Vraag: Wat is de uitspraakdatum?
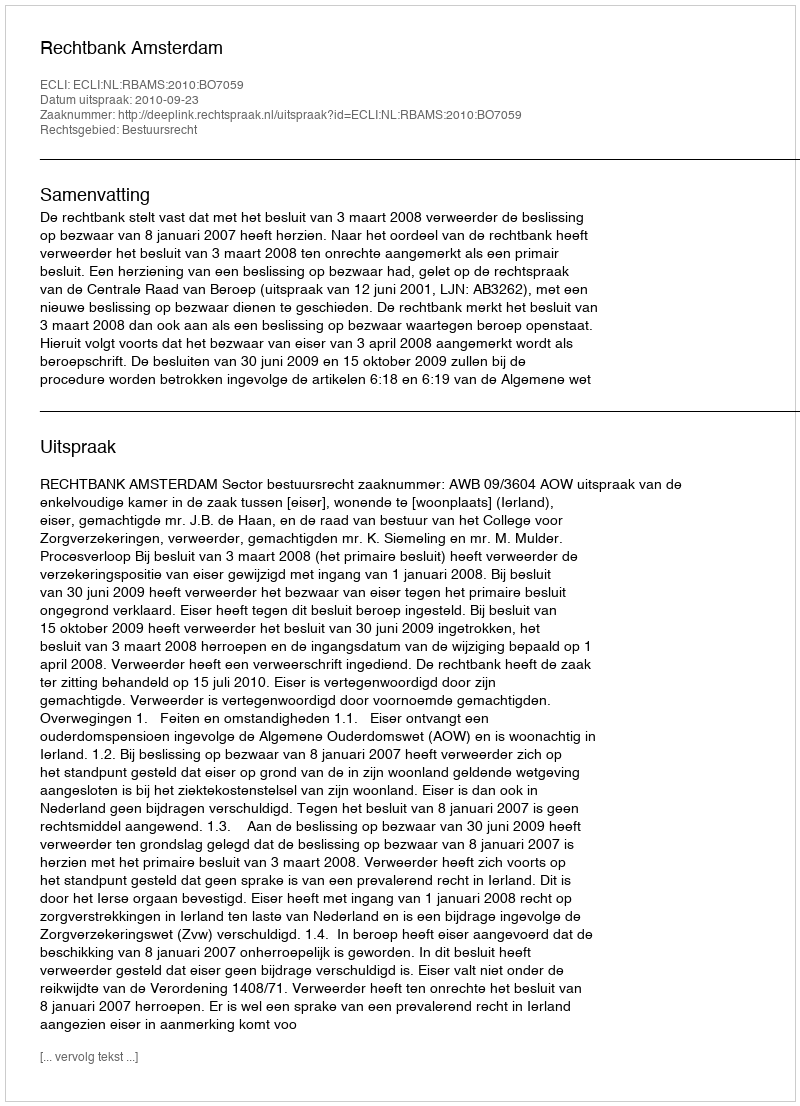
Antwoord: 2010-09-23